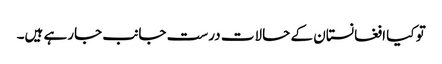
تو کیا افغانستان کے حالات درست جانب جارہے ہیں۔